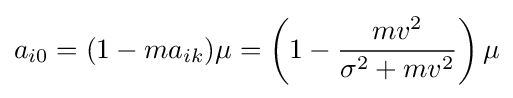
a_{i0}=(1-ma_{ik})\mu =\left(1-{\frac {mv^{2}}{\sigma ^{2}+mv^{2}}}\right)\mu